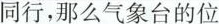
同行，那么气象台的位